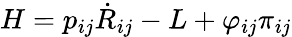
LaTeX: H=p_{ij}\dot{R}_{ij}-L+\varphi_{ij}\pi_{ij}